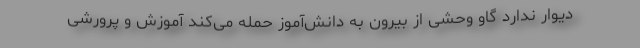
دیوار ندارد گاو وحشی از بیرون به دانش‌آموز حمله می‌کند آموزش و پرورشی